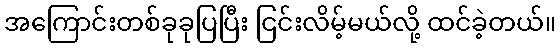
အကြောင်းတစ်ခုခုပြပြီး ငြင်းလိမ့်မယ်လို့ ထင်ခဲ့တယ်။